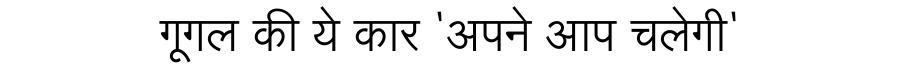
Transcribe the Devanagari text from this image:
गूगल की ये कार 'अपने आप चलेगी'